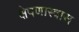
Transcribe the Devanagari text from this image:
क्षेपणास्त्रास